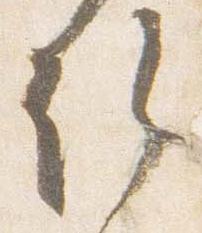
許